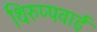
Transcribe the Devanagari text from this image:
थिरुप्पवाई